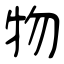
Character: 物